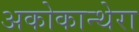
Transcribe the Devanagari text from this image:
अकोकान्थेरा